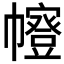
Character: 𭘻